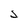
Character: S